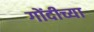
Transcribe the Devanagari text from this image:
गोंदीच्या